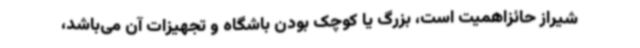
شیراز حائزاهمیت است، بزرگ یا کوچک بودن باشگاه و تجهیزات آن می‌باشد،